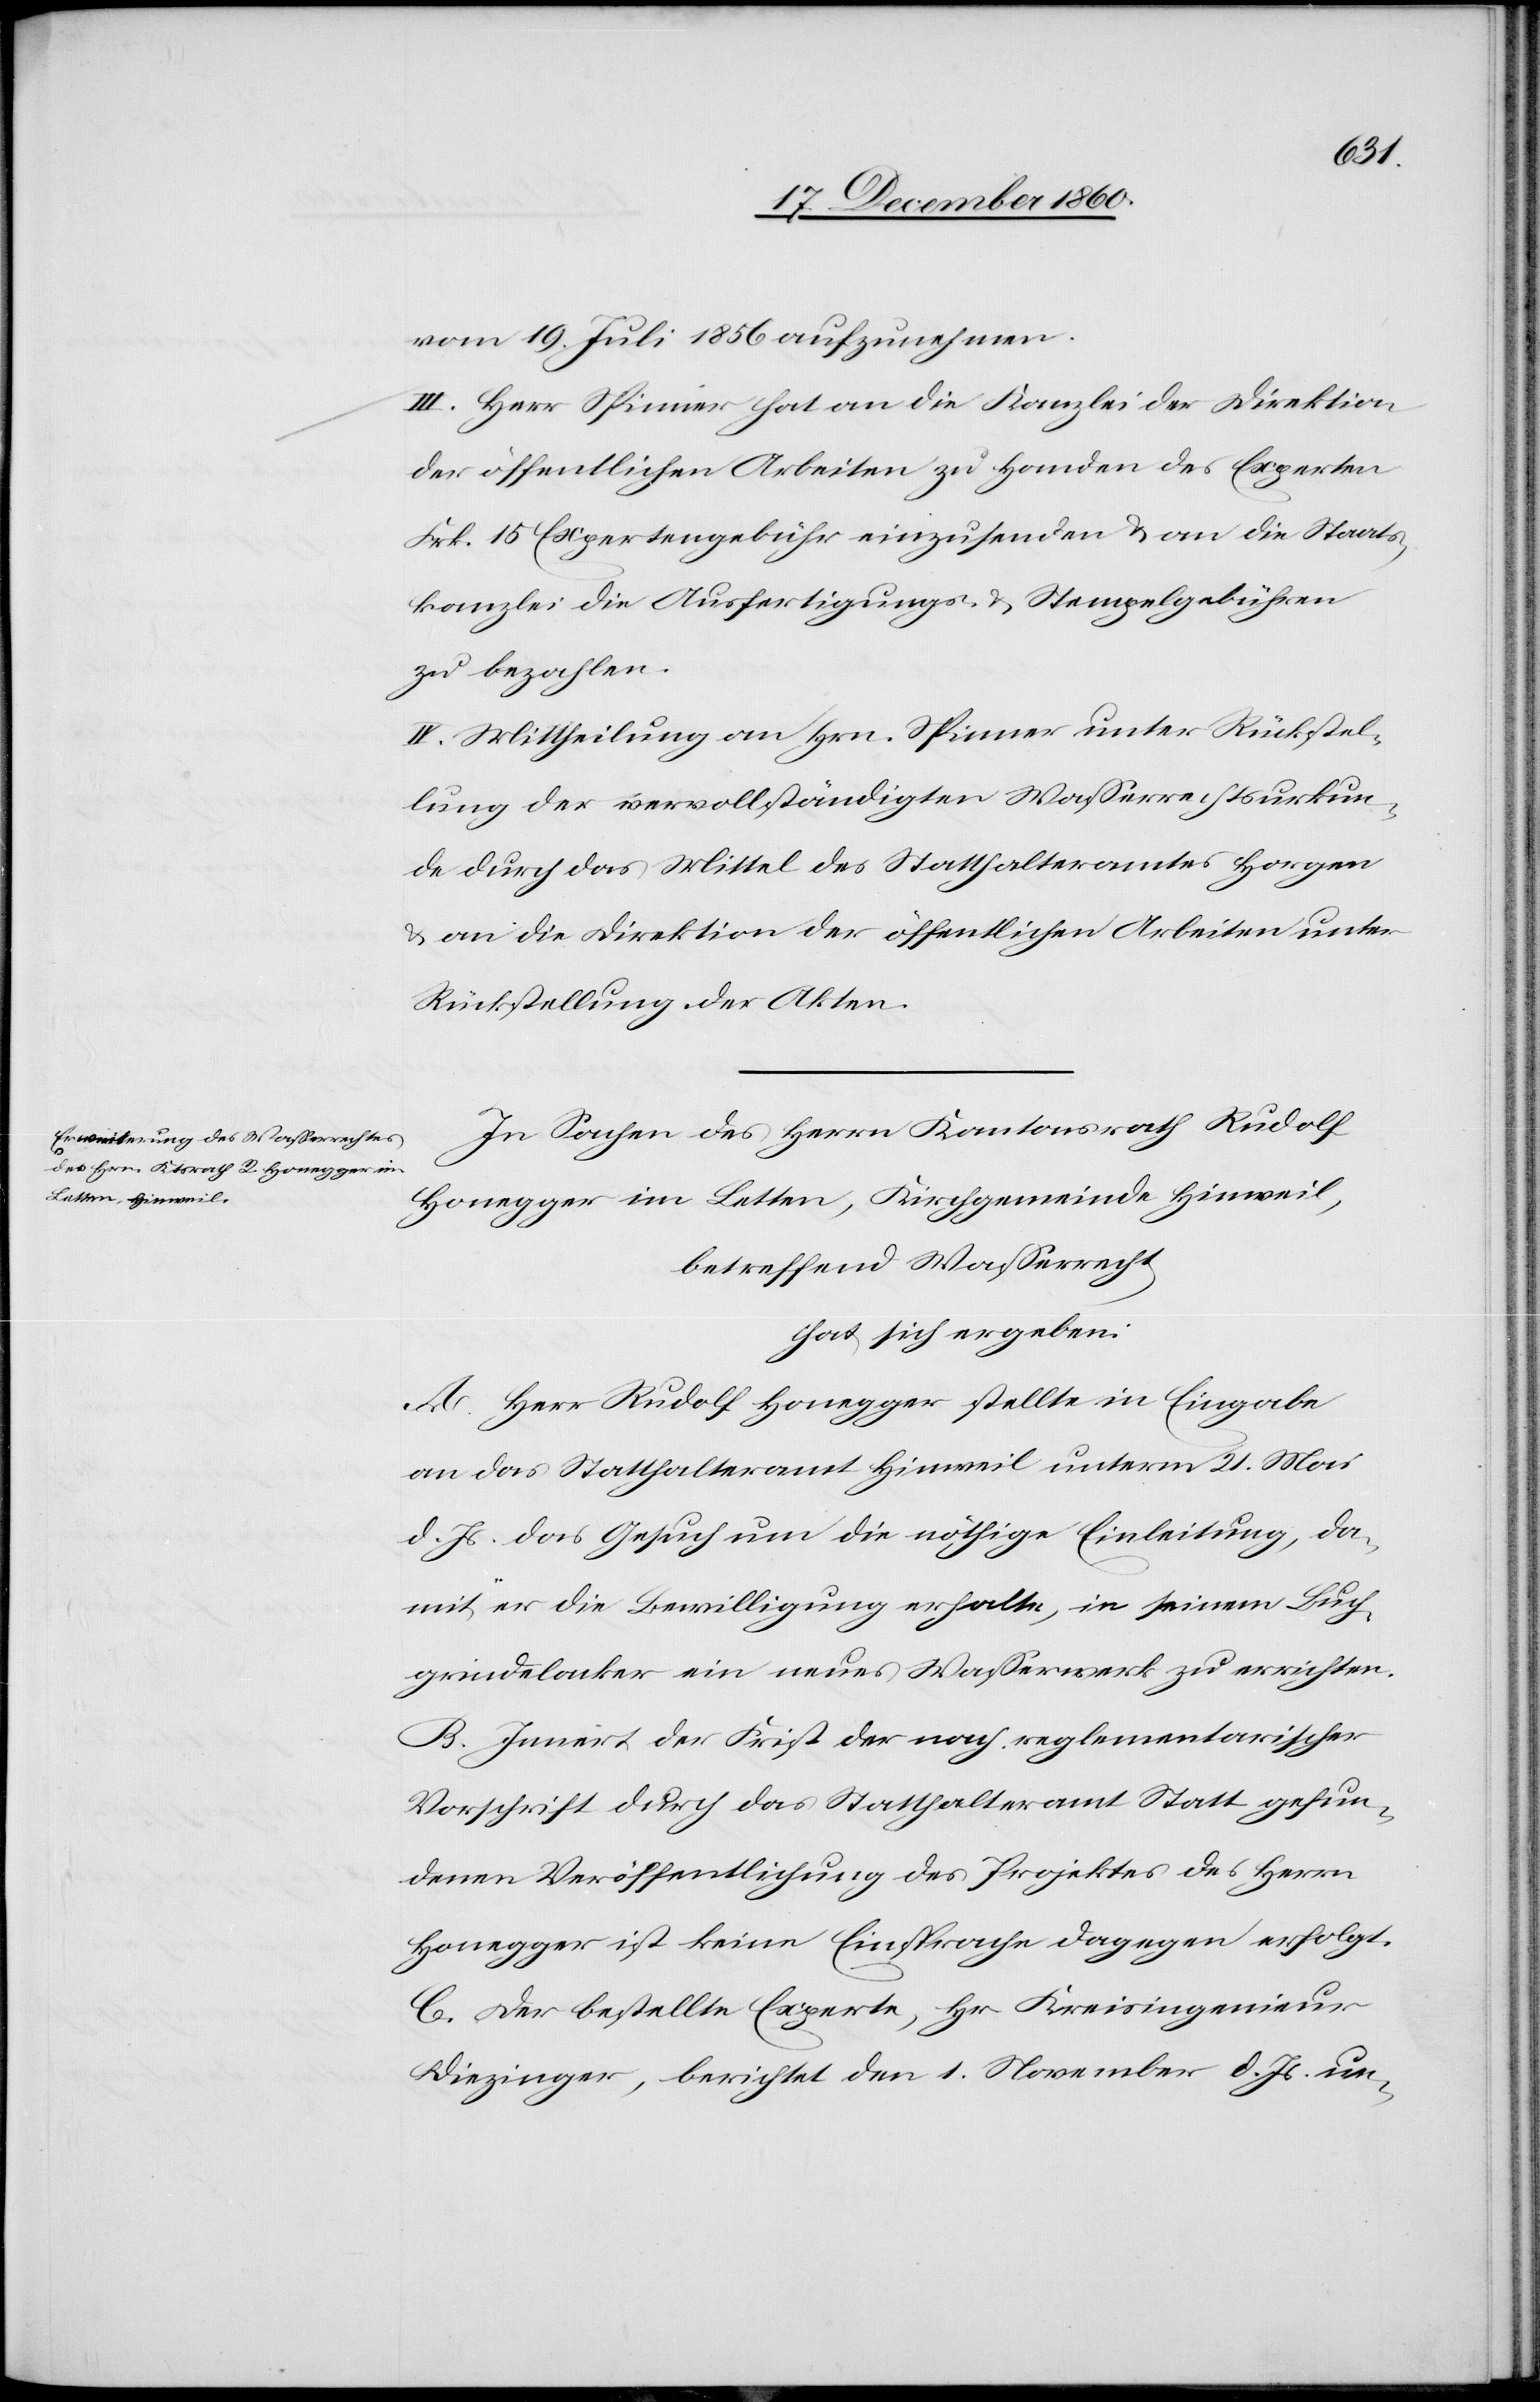
vom 19. Juli 1856 aufzunehmen.
III. Herr Spinner hat an die Kanzlei der Direktion
der öffentlichen Arbeiten zu Handen des Experten
Frk. 15 Expertengebühr einzusenden u. an die Staats¬
kanzlei die Ausfertigungs- u. Stempelgebühren
zu bezahlen.
IV. Mittheilung an Hrn. Spinner unter Rückstel¬
lung der vervollständigten Wasserrechtsurkun¬
de durch das Mittel des Statthalteramtes Horgen
u. an die Direktion der öffentlichen Arbeiten unter
Rückstellung der Akten.
In Sachen des Herrn Kantonsrath Rudolf
Honegger im Letten, Kirchgemeinde Hinweil,
betreffend Wasserrecht
hat sich ergeben:
A. Herr Rudolf Honegger stellte in Eingabe
an das Statthalteramt Hinweil unterm 21. Mai
d. Js. das Gesuch um die nöthige Einleitung, da¬
mit er die Bewilligung erhalte, in seinem Buch¬
grindelacker ein neues Wasserwerk zu errichten.
B. Innert der Frist der nach reglementarischer
Vorschrift durch das Statthalteramt Statt gefun¬
denen Veröffentlichung des Projektes des Herrn
Honegger ist keine Einsprache dagegen erfolgt.
C. Der bestellte Experte, Hr. Kreisingenieur
Diezinger, berichtet den 1. November d. Js. un-